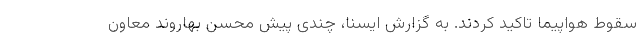
سقوط هواپیما تاکید کردند. به گزارش ایسنا، چندی پیش محسن بهاروند معاون